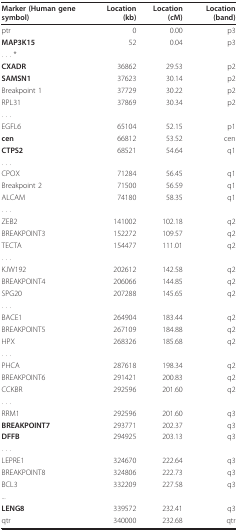
<table><thead><tr><td><b>Marker (Human gene symbol)</b></td><td><b>Location (kb)</b></td><td><b>Location (cM)</b></td><td><b>Location (band)</b></td></tr></thead><tbody><tr><td>ptr</td><td>0</td><td>0.00</td><td>p3</td></tr><tr><td><b>MAP3K15</b></td><td>52</td><td>0.04</td><td>p3</td></tr><tr><td>. . . *</td><td></td><td></td><td></td></tr><tr><td><b>CXADR</b></td><td>36862</td><td>29.53</td><td>p2</td></tr><tr><td><b>SAMSN1</b></td><td>37623</td><td>30.14</td><td>p2</td></tr><tr><td>Breakpoint 1</td><td>37729</td><td>30.22</td><td>p2</td></tr><tr><td>RPL31</td><td>37869</td><td>30.34</td><td>p2</td></tr><tr><td>. . .</td><td></td><td></td><td></td></tr><tr><td>EGFL6</td><td>65104</td><td>52.15</td><td>p1</td></tr><tr><td><b>cen</b></td><td>66812</td><td>53.52</td><td>cen</td></tr><tr><td><b>CTPS2</b></td><td>68521</td><td>54.64</td><td>q1</td></tr><tr><td>. . .</td><td></td><td></td><td></td></tr><tr><td>CPOX</td><td>71284</td><td>56.45</td><td>q1</td></tr><tr><td>Breakpoint 2</td><td>71500</td><td>56.59</td><td>q1</td></tr><tr><td>ALCAM</td><td>74180</td><td>58.35</td><td>q1</td></tr><tr><td>. . .</td><td></td><td></td><td></td></tr><tr><td>ZEB2</td><td>141002</td><td>102.18</td><td>q2</td></tr><tr><td>BREAKPOINT3</td><td>152272</td><td>109.57</td><td>q2</td></tr><tr><td>TECTA</td><td>154477</td><td>111.01</td><td>q2</td></tr><tr><td>. . .</td><td></td><td></td><td></td></tr><tr><td>KJW192</td><td>202612</td><td>142.58</td><td>q2</td></tr><tr><td>BREAKPOINT4</td><td>206066</td><td>144.85</td><td>q2</td></tr><tr><td>SPG20</td><td>207288</td><td>145.65</td><td>q2</td></tr><tr><td>. . .</td><td></td><td></td><td></td></tr><tr><td>BACE1</td><td>264904</td><td>183.44</td><td>q2</td></tr><tr><td>BREAKPOINT5</td><td>267109</td><td>184.88</td><td>q2</td></tr><tr><td>HPX</td><td>268326</td><td>185.68</td><td>q2</td></tr><tr><td>. . .</td><td></td><td></td><td></td></tr><tr><td>PHCA</td><td>287618</td><td>198.34</td><td>q2</td></tr><tr><td>BREAKPOINT6</td><td>291421</td><td>200.83</td><td>q2</td></tr><tr><td>CCKBR</td><td>292596</td><td>201.60</td><td>q2</td></tr><tr><td>. . .</td><td></td><td></td><td></td></tr><tr><td>RRM1</td><td>292596</td><td>201.60</td><td>q3</td></tr><tr><td><b>BREAKPOINT7</b></td><td>293771</td><td>202.37</td><td>q3</td></tr><tr><td><b>DFFB</b></td><td>294925</td><td>203.13</td><td>q3</td></tr><tr><td>. . .</td><td></td><td></td><td></td></tr><tr><td>LEPRE1</td><td>324670</td><td>222.64</td><td>q3</td></tr><tr><td>BREAKPOINT8</td><td>324806</td><td>222.73</td><td>q3</td></tr><tr><td>BCL3</td><td>332209</td><td>227.58</td><td>q3</td></tr><tr><td>...</td><td></td><td></td><td></td></tr><tr><td><b>LENG8</b></td><td>339572</td><td>232.41</td><td>q3</td></tr><tr><td>qtr</td><td>340000</td><td>232.68</td><td>qtr</td></tr></tbody></table>